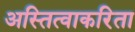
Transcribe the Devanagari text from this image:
अस्तित्वाकरिता